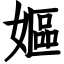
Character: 嫗